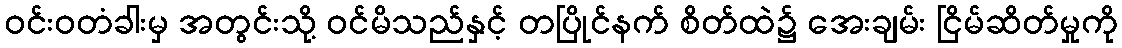
ဝင်းဝတံခါးမှ အတွင်းသို့ ဝင်မိသည်နှင့် တပြိုင်နက် စိတ်ထဲ၌ အေးချမ်း ငြိမ်ဆိတ်မှုကို